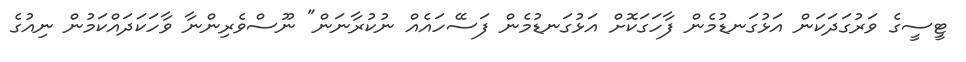
ޓީސީގެ ވަރުގަދަކަން އަޅުގަނޑުމެން ފާހަގަކޮށް އަޅުގަނޑުމެން ފަސޭހައެއް ނުކުރާނަން" ނޫސްވެރިންނާ ވާހަކަދައްކަމުން ނިއުގެ